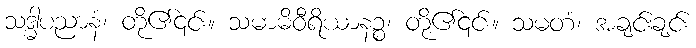
သဒ္ဓါပညာနံ၊ တို့၏၎င်း။ သမာဓိဝီရိယာနဉ္စ၊ တို့၏၎င်း။ သမတံ၊ အချင်းချင်း